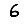
Digit: 6